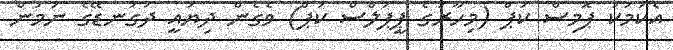
އެކަމަކު ޕޮމިސް ކަޕް (މިހާރުގެ ޕީޕަލްސް ކަޕް) ވެގެން ދިޔައީ ދަގަނޑޭގެ ނަމުން